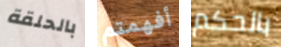
بالحلقة أفهمتم بالحكم